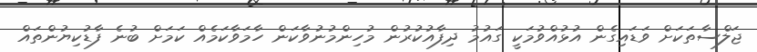
ޖަލްސާތަކަށް ވަޑައިގެން އުޅުއްވުމަކީ ގައުމު ދިފާއުކުރުން މުހިންމުނުވާކަން ހާމަވާކަމެއް ކަމަށް ބުނެ ފާޑުކިޔުންތައް